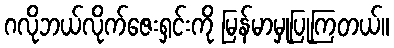
ဂလိုဘယ်လိုက်ဇေးရှင်းကို မြန်မာမှုပြုကြတယ်။